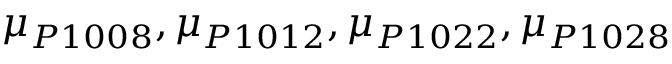
\mu _ { P 1 0 0 8 } , \mu _ { P 1 0 1 2 } , \mu _ { P 1 0 2 2 } , \mu _ { P 1 0 2 8 }